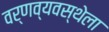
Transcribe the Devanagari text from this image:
वर्णव्यवस्थेला